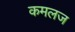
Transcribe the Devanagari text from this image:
कमलज